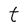
Character: t